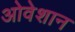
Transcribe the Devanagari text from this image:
ओवेशान